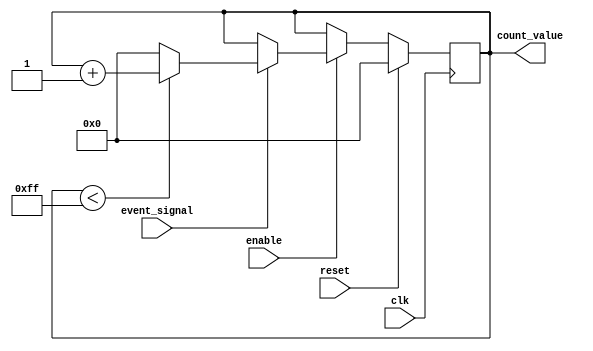
module event_counter #(
    parameter COUNTER_WIDTH = 8, // Can be modified for different bit-widths
    parameter MAX_COUNT = 255      // Maximum count value for an 8-bit counter
)(
    input wire clk,                // Clock signal
    input wire reset,              // Reset signal (active high)
    input wire enable,             // Enable signal for counting
    input wire event_signal,       // Event signal to trigger counting
    output reg [COUNTER_WIDTH-1:0] count_value // Current count value
);

    // Internal signal to track the next count value
    reg [COUNTER_WIDTH-1:0] next_count;

    // Always block for synchronous reset and counting
    always @(posedge clk) begin
        if (reset) begin
            count_value <= 0; // Reset count to zero
        end else if (enable) begin
            if (event_signal) begin
                if (count_value < MAX_COUNT) begin
                    next_count = count_value + 1; // Increment count
                end else begin
                    next_count = 0; // Wrap around to zero on overflow
                end
                count_value <= next_count; // Update count
            end
        end
    end

endmodule